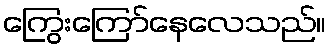
ကြွေးကြော်နေလေသည်။